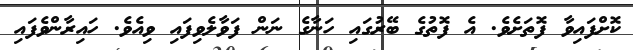
ކޮށްފައިިވާ ފޮތަަށެވެ. އެ ފޮތުގެ ބޭރުގައި ހަނާގެ ނަން ފަވާލެވިފައި ވިއެވެ. ހައިރާންވެފައި